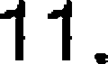
11.